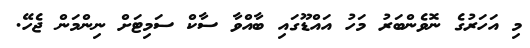
މި އަހަރުގެ ނޮވެންބަރު މަހު އައްޑޫގައި ބާއްވާ ސާކް ސަމިޓަށް ނިންމަން ޖެހޭ.